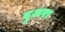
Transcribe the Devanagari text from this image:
दुअरा